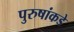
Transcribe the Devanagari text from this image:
पुरुषांकडे